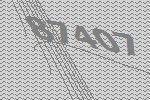
87407